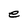
Character: e